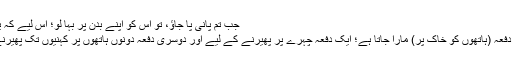
جب تم پانی پا جاؤ، تو اس کو اپنے بدن پر بہا لو؛ اس لیے کہ یہ بہتر ہے“
تیمم میں دو دفعہ (ہاتھوں کو خاک پر) مارا جاتا ہے؛ ایک دفعہ چہرے پر پھیرنے کے لیے اور دوسری دفعہ دونوں ہاتھوں پر کہنیوں تک پھیرنے کے لیے۔